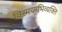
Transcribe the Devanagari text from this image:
विस्मयाभिव्यक्ति